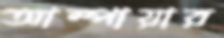
আম্পায়ার